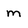
Character: m